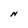
Character: N